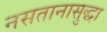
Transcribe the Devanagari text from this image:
नसतानासुद्धा